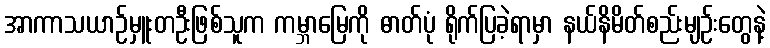
အာကာသယာဉ်မှူးတဦးဖြစ်သူက ကမ္ဘာမြေကို ဓာတ်ပုံ ရိုက်ပြခဲ့ရာမှာ နယ်နိမိတ်စည်းမျဉ်းတွေနဲ့